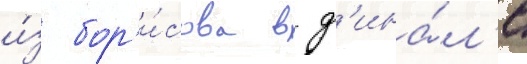
и́з бор'и́сова в ф'ина́л'е